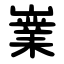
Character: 嶪